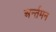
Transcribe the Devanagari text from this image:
अर्न्‍तमन